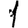
Digit: 1